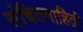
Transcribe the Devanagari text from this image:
संचितमाहिती